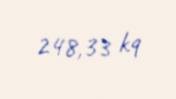
248,33 kq